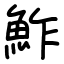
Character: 鮓